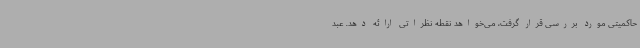
حاکمیتی مورد بررسی قرار گرفت، می‌خواهد نقطه نظراتی ارائه دهد. عبد